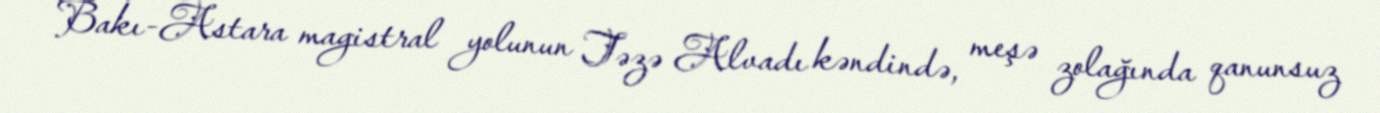
Bakı-Astara magistral yolunun Təzə Alvadı kəndində, meşə zolağında qanunsuz